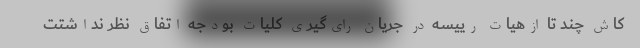
کاش چند تا ازهیات رییسه در جریان رای‌گیری کلیات بودجه اتفاق نظر نداشتت